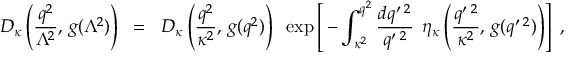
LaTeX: D _ { \kappa } \left( \frac { q ^ { 2 } } { \Lambda ^ { 2 } } , \, g ( \Lambda ^ { 2 } ) \right) \; \; = \; \; D _ { \kappa } \left( \frac { q ^ { 2 } } { \kappa ^ { 2 } } , \, g ( q ^ { 2 } ) \right) \; \; \exp \left[ \, - \int _ { \kappa ^ { 2 } } ^ { q ^ { 2 } } \frac { d q ^ { \prime \; 2 } } { q ^ { \prime \; 2 } } \; \, \eta _ { \kappa } \left( \frac { q ^ { \prime \; 2 } } { \kappa ^ { 2 } } , \, g ( q ^ { \prime \; 2 } ) \right) \right] \; ,